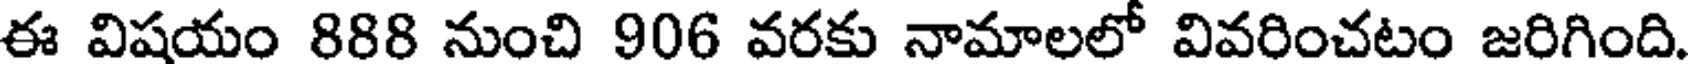
ఈ విషయం 888 నుంచి 906 వరకు నామాలలో వివరించటం జరిగింది.